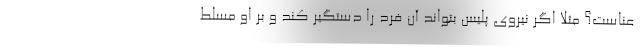
عناست؟ مثلا اگر نیروی پلیس بتواند آن فرد را دستگیر کند و بر او مسلط